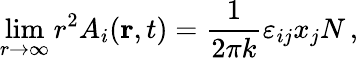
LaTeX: \operatorname*{lim}_{r\to\infty}r^{2}A_{i}({\mathbf r},t)={\frac{1}{2\pi k}}\varepsilon_{ij}x_{j}N\, ,